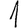
Digit: 1